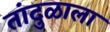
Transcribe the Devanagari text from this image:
तांदुळाला